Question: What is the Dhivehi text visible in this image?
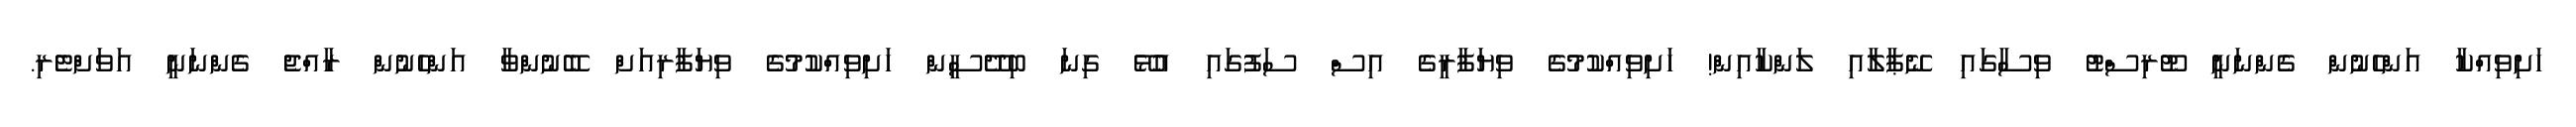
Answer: ހަށިވިއްކާ އަންހެނުން ގެންނަނީ ޓޫރިސްޓު ވިސާގައި ނޭޕާލާއި ލަންކާއިން! ހަށިވިއްކުމުގެ ވިޔަފާރީގެ އިސް ސަފުގައި އުޅޭ ގިނަ ބިދޭސީން ހަށިވިއްކުމުގެ ވިޔަފާރިއަށް ބޭނުންވާ އަންހެނުން ރާއްޖެ ގެންނަނީ އަވަށްޓެރި.